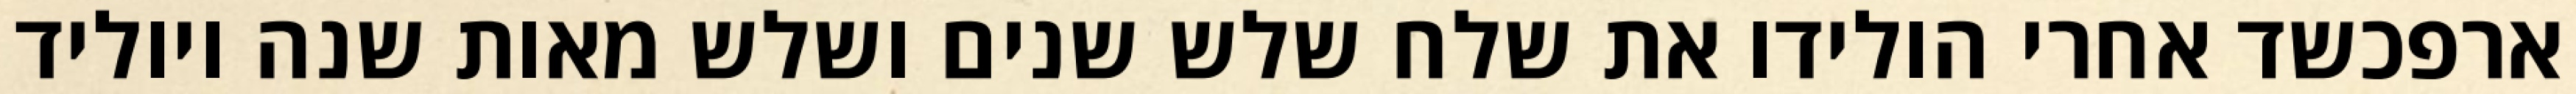
ארפכשד אחרי הולידו את שלח שלש שנים ושלש מאות שנה ויוליד